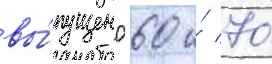
вы́пущено 60 и́ 70